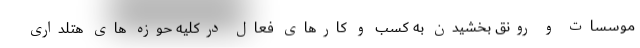
موسسات و رونق بخشیدن به کسب و کارهای فعال درکلیه حوزه های هتلداری